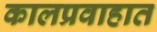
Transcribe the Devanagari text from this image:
कालप्रवाहात